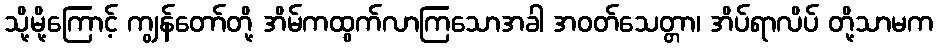
သို့မို့ကြောင့် ကျွန်တော်တို့ အိမ်ကထွက်လာကြသောအခါ အဝတ်သေတ္တာ၊ အိပ်ရာလိပ် တို့သာမက